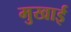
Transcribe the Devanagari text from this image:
मुखाई